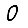
Digit: 0